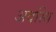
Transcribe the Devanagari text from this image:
अवस्थि